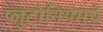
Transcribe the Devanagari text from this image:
प्लुटोनियमचे